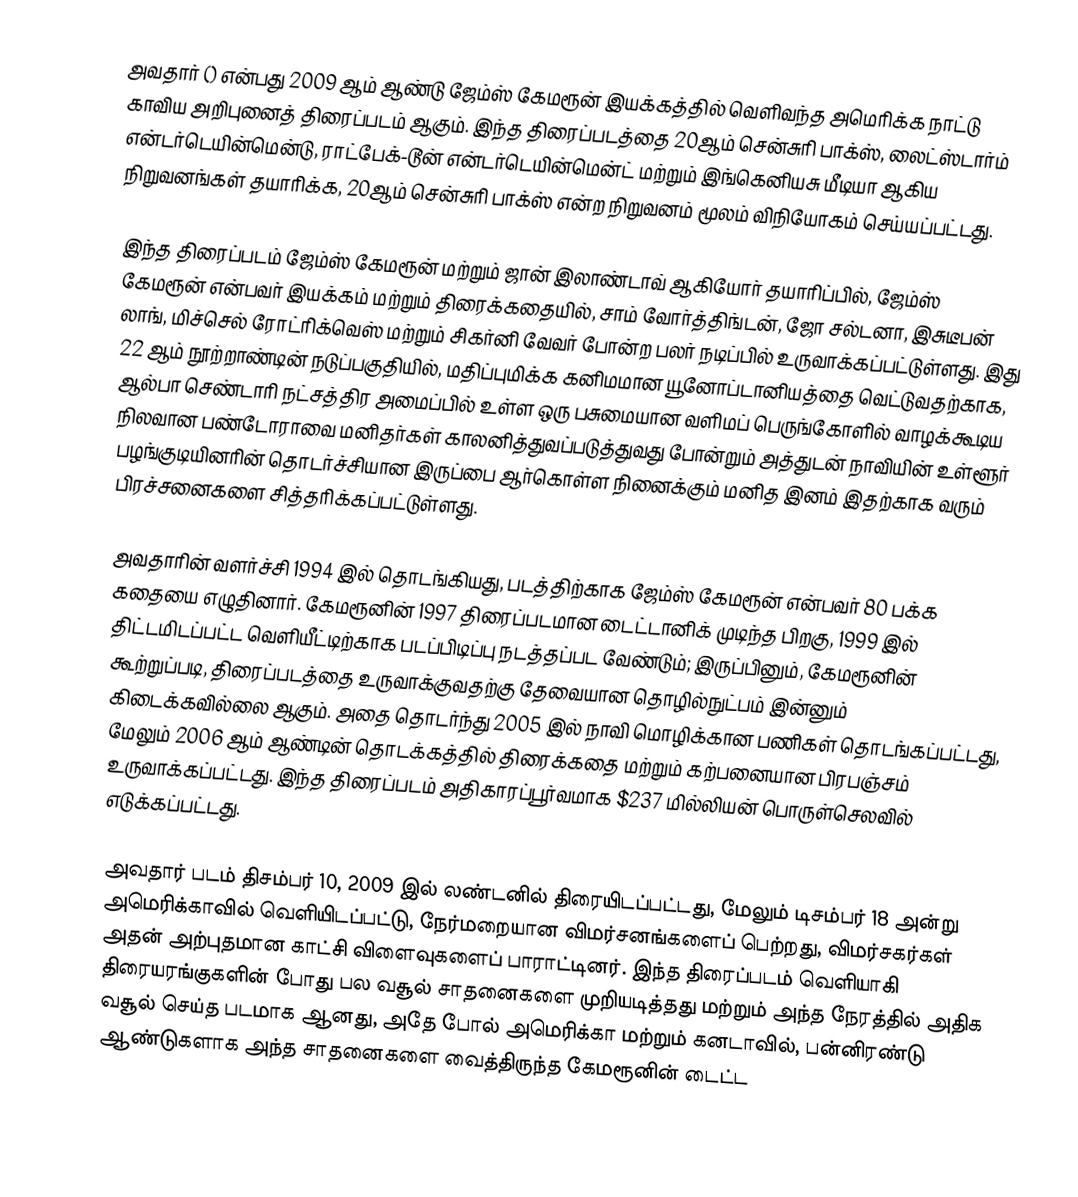
அவதார் () என்பது 2009 ஆம் ஆண்டு ஜேம்ஸ் கேமரூன் இயக்கத்தில் வெளிவந்த அமெரிக்க நாட்டு காவிய அறிபுனைத் திரைப்படம் ஆகும். இந்த திரைப்படத்தை 20ஆம் சென்சுரி பாக்ஸ், லைட்ஸ்டார்ம் என்டர்டெயின்மென்டு, ராட்பேக்-டூன் என்டர்டெயின்மென்ட் மற்றும் இங்கெனியசு மீடியா ஆகிய நிறுவனங்கள் தயாரிக்க, 20ஆம் சென்சுரி பாக்ஸ் என்ற நிறுவனம் மூலம் விநியோகம் செய்யப்பட்டது.

இந்த திரைப்படம் ஜேம்ஸ் கேமரூன் மற்றும் ஜான் இலாண்டாவ் ஆகியோர் தயாரிப்பில், ஜேம்ஸ் கேமரூன் என்பவர் இயக்கம் மற்றும் திரைக்கதையில், சாம் வோர்த்திங்டன், ஜோ சல்டனா, இசுடீபன் லாங், மிச்செல் ரோட்ரிக்வெஸ் மற்றும் சிகர்னி வேவர் போன்ற பலர் நடிப்பில் உருவாக்கப்பட்டுள்ளது. இது 22 ஆம் நூற்றாண்டின் நடுப்பகுதியில், மதிப்புமிக்க கனிமமான யூனோப்டானியத்தை வெட்டுவதற்காக, ஆல்பா செண்டாரி நட்சத்திர அமைப்பில் உள்ள ஒரு பசுமையான வளிமப் பெருங்கோளில் வாழக்கூடிய நிலவான பண்டோராவை மனிதர்கள் காலனித்துவப்படுத்துவது போன்றும் அத்துடன் நாவியின் உள்ளூர் பழங்குடியினரின் தொடர்ச்சியான இருப்பை ஆர்கொள்ள நினைக்கும் மனித இனம் இதற்காக வரும் பிரச்சனைகளை சித்தரிக்கப்பட்டுள்ளது.

அவதாரின் வளர்ச்சி 1994 இல் தொடங்கியது, படத்திற்காக ஜேம்ஸ் கேமரூன் என்பவர் 80 பக்க கதையை எழுதினார். கேமரூனின் 1997 திரைப்படமான டைட்டானிக் முடிந்த பிறகு, 1999 இல் திட்டமிடப்பட்ட வெளியீட்டிற்காக படப்பிடிப்பு நடத்தப்பட வேண்டும்; இருப்பினும், கேமரூனின் கூற்றுப்படி, திரைப்படத்தை உருவாக்குவதற்கு தேவையான தொழில்நுட்பம் இன்னும் கிடைக்கவில்லை ஆகும். அதை தொடர்ந்து 2005 இல் நாவி மொழிக்கான பணிகள் தொடங்கப்பட்டது, மேலும் 2006 ஆம் ஆண்டின் தொடக்கத்தில் திரைக்கதை மற்றும் கற்பனையான பிரபஞ்சம்  உருவாக்கப்பட்டது. இந்த திரைப்படம் அதிகாரப்பூர்வமாக $237 மில்லியன் பொருள்செலவில் எடுக்கப்பட்டது.

அவதார் படம் திசம்பர் 10, 2009 இல் லண்டனில் திரையிடப்பட்டது, மேலும் டிசம்பர் 18 அன்று அமெரிக்காவில் வெளியிடப்பட்டு, நேர்மறையான விமர்சனங்களைப் பெற்றது, விமர்சகர்கள் அதன் அற்புதமான காட்சி விளைவுகளைப் பாராட்டினர். இந்த திரைப்படம் வெளியாகி திரையரங்குகளின் போது பல வசூல் சாதனைகளை முறியடித்தது மற்றும் அந்த நேரத்தில் அதிக வசூல் செய்த படமாக ஆனது, அதே போல் அமெரிக்கா மற்றும் கனடாவில், பன்னிரண்டு ஆண்டுகளாக அந்த சாதனைகளை வைத்திருந்த கேமரூனின் டைட்ட